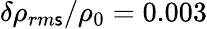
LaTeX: \delta\rho_{rm\mathsf{s}}/\rho_{0}=0.003